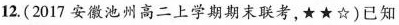
12.(2017安徽池州高二上学期期末联考，★★☆)已知